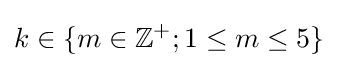
k\in \{m\in \mathbb {Z} ^{+};1\leq m\leq 5\}